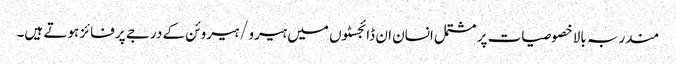
مندربہ بالا خصوصیات پر مشتمل انسان ان ڈائجسٹوں میں ہیرو/ہیروئن کے درجے پر فائز ہوتے ہیں۔